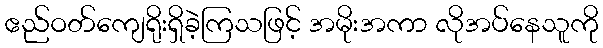
ဧည်ဝတ်ကျေရိုးရှိခဲ့ကြသဖြင့် အမိုးအကာ လိုအပ်နေသူကို